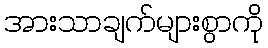
အားသာချက်များစွာကို